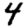
Digit: 4